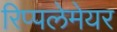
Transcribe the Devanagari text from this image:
रिप्‍पलेमेयर